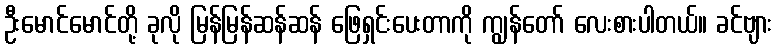
ဦးမောင်မောင်တို့ ခုလို မြန်မြန်ဆန်ဆန် ဖြေရှင်းပေးတာကို ကျွန်တော် လေးစားပါတယ်။ ခင်ဗျား